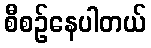
စီစဉ်နေပါတယ်